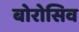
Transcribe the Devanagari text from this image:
बोरोसिव